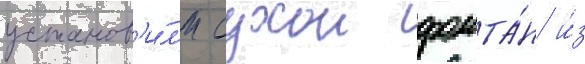
установ'и́л'и сухои фонта́н и́з